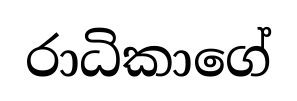
රාධිකාගේ